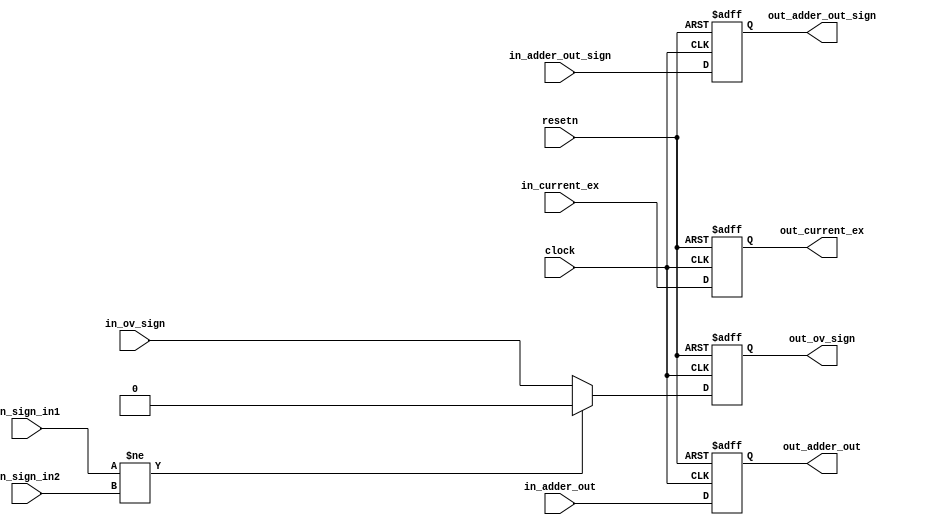
`timescale 1ns / 1ps
//////////////////////////////////////////////////////////////////////////////////
// Company: 
// Engineer: 
// 
// Design Name: 
// Module Name:    step3_adder_status 
// Project Name: 
// Target Devices: 
// Tool versions: 
// Description: 
//
// Dependencies: 
//
// Revision: 
// Revision 0.01 - File Created
// Additional Comments: 
//
//////////////////////////////////////////////////////////////////////////////////
module step3_adder_status(clock, resetn, in_adder_out, in_ov_sign, in_adder_out_sign, in_sign_in1, in_sign_in2, in_current_ex, out_adder_out, out_ov_sign, out_adder_out_sign, out_current_ex);
	input clock,resetn;
	
	input [23:0] in_adder_out;
	input in_ov_sign;
	input in_adder_out_sign;
	input in_sign_in1, in_sign_in2;
	input [7:0] in_current_ex;
		
	output reg [23:0] out_adder_out;
	output reg out_ov_sign;
	output reg out_adder_out_sign;
	output reg [7:0] out_current_ex;
	
	always@(posedge clock, negedge resetn) begin
		if(!resetn) begin
			out_adder_out	<= 0;
			out_ov_sign 	<= 0;
			out_adder_out_sign	<= 0;
			out_current_ex <= 0;
		end
		else begin
			out_adder_out	<= in_adder_out;
			out_ov_sign 	<= (in_sign_in1 != in_sign_in2) ? 0 : in_ov_sign;
			out_adder_out_sign	<= in_adder_out_sign;
			out_current_ex <= in_current_ex;
		end
	end
endmodule